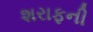
શરાફની